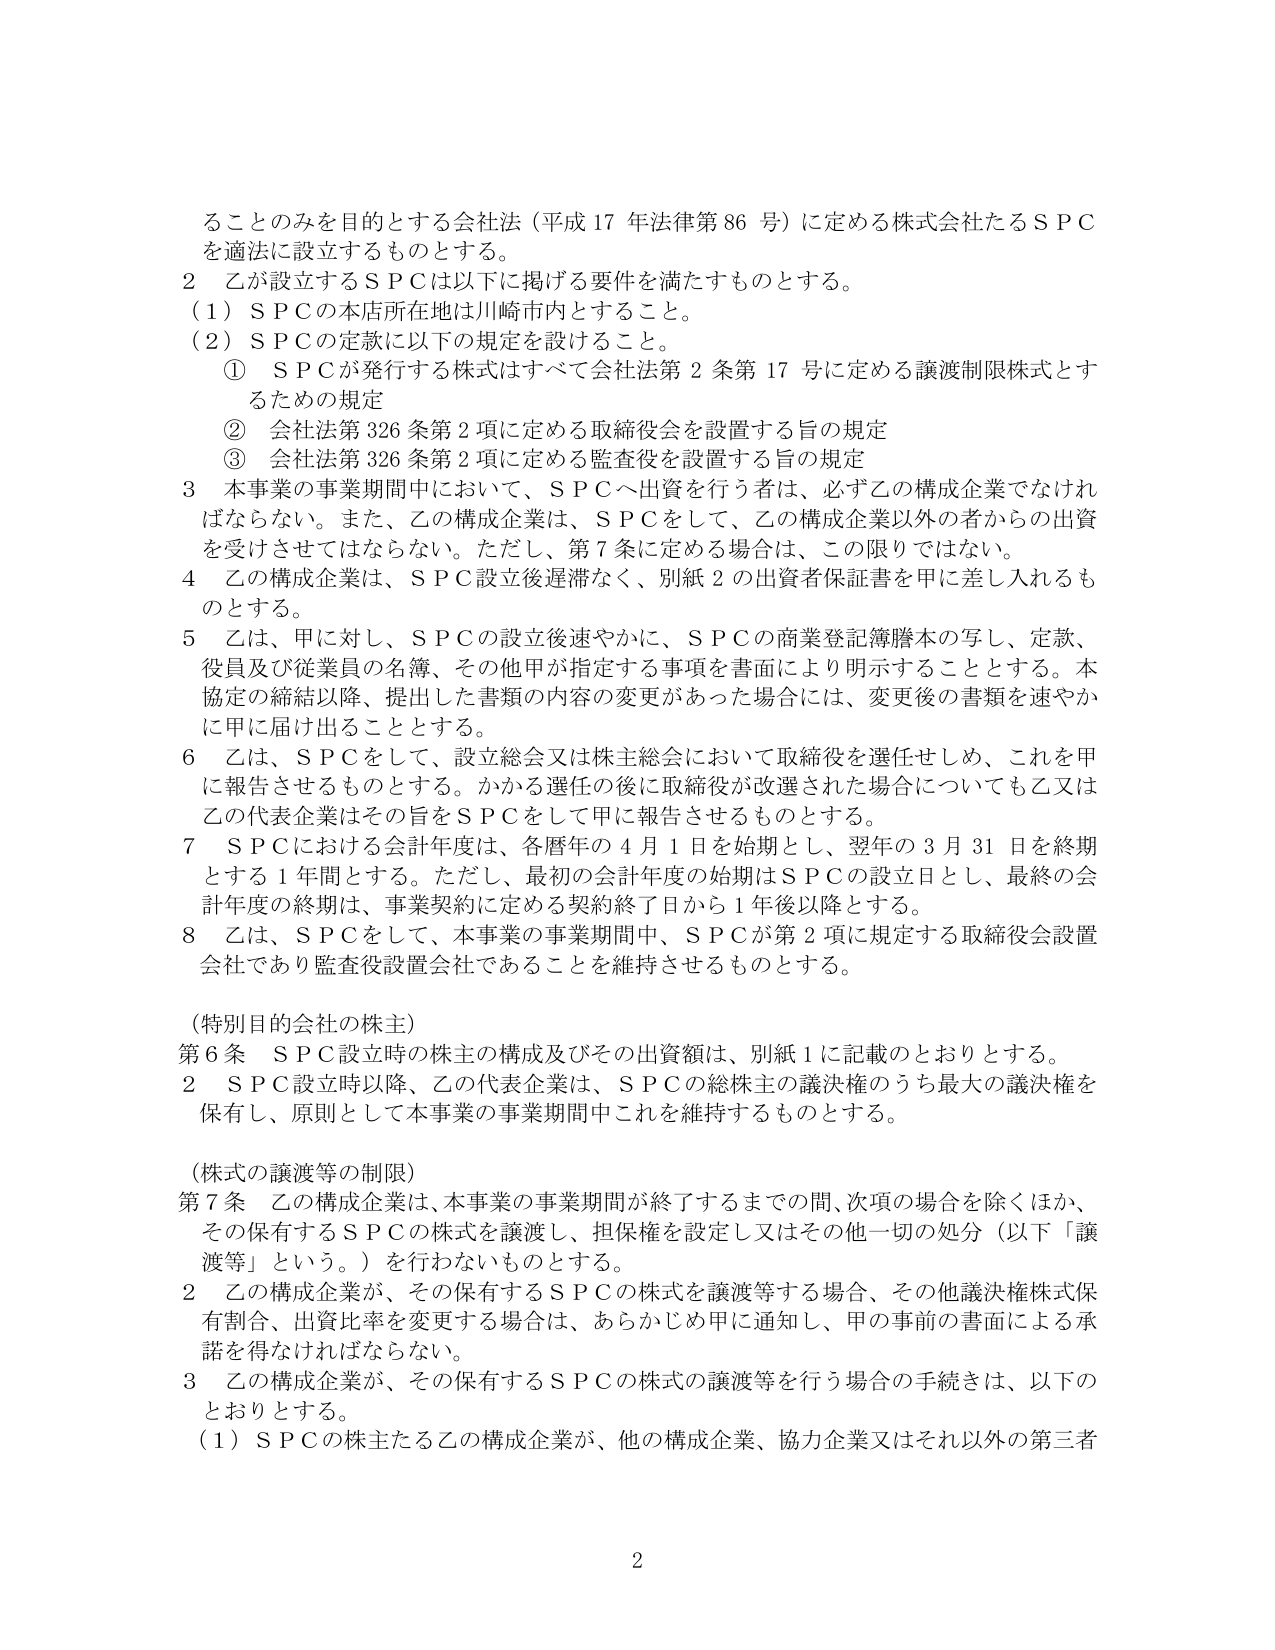
ることのみを目的とする会社法（平成17年法律第86号）に定める株式会社たるＳＰＣを適法に設立するものとする。

2 乙が設立するＳＰＣは以下に掲げる要件を満たすものとする。
（1）ＳＰＣの本店所在地は川崎市内とすること。
（2）ＳＰＣの定款に以下の規定を設けること。
　① ＳＰＣが発行する株式はすべて会社法第2条第17号に定める譲渡制限株式とするための規定
　② 会社法第326条第2項に定める取締役会を設置する旨の規定
　③ 会社法第326条第2項に定める監査役を設置する旨の規定

3 本事業の事業期間中において、ＳＰＣへ出資を行う者は、必ず乙の構成企業でなければならない。また、乙の構成企業は、ＳＰＣをして、乙の構成企業以外の者からの出資を受けさせてはならない。ただし、第7条に定める場合は、この限りではない。

4 乙の構成企業は、ＳＰＣ設立後遅滞なく、別紙2の出資者保証書を甲に差し入れるものとする。

5 乙は、甲に対し、ＳＰＣの設立後速やかに、ＳＰＣの商業登記簿謄本の写し、定款、役員及び従業員の名簿、その他甲が指定する事項を書面により明示することとする。本協定の締結以降、提出した書類の内容の変更があった場合には、変更後の書類を速やかに甲に届け出ることとする。

6 乙は、ＳＰＣをして、設立総会又は株主総会において取締役を選任せしめ、これを甲に報告させるものとする。かかる選任の後に取締役が改選された場合についても乙又は乙の代表企業はその旨をＳＰＣをして甲に報告させるものとする。

7 ＳＰＣにおける会計年度は、各暦年の4月1日を始期とし、翌年の3月31日を終期とする1年間とする。ただし、最初の会計年度の始期はＳＰＣの設立日とし、最終の会計年度の終期は、事業契約に定める契約終了日から1年後以降とする。

8 乙は、ＳＰＣをして、本事業の事業期間中、ＳＰＣが第2項に規定する取締役会設置会社であり監査役設置会社であることを維持させるものとする。

（特別目的会社の株主）
第6条 ＳＰＣ設立時の株主の構成及びその出資額は、別紙1に記載のとおりとする。
2 ＳＰＣ設立時以降、乙の代表企業は、ＳＰＣの総株主の議決権のうち最大の議決権を保有し、原則として本事業の事業期間中これを維持するものとする。

（株式の譲渡等の制限）
第7条 乙の構成企業は、本事業の事業期間が終了するまでの間、次項の場合を除くほか、その保有するＳＰＣの株式を譲渡し、担保権を設定し又はその他一切の処分（以下「譲渡等」という。）を行わないものとする。
2 乙の構成企業が、その保有するＳＰＣの株式を譲渡等する場合、その他議決権株式保有割合、出資比率を変更する場合は、あらかじめ甲に通知し、甲の事前の書面による承諾を得なければならない。
3 乙の構成企業が、その保有するＳＰＣの株式の譲渡等を行う場合の手続きは、以下のとおりとする。
（1）ＳＰＣの株主たる乙の構成企業が、他の構成企業、協力企業又はそれ以外の第三者

2